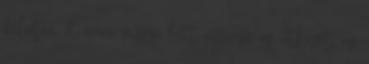
délután öt órára vissza lett nyerve az ütközet, az